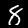
Digit: 8